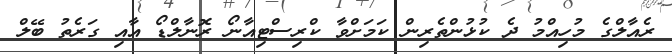
ރެއާލްގެ މުހިއްމު ދެ ކުޅުންތެރިން ކަމަށްވާ ކްރިސްޓިއާނޯ ރޮނާލްޑޯ އާއި ގަރެތު ބޭލް